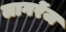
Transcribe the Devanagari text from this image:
लागरेंज